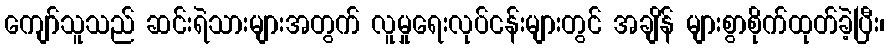
ကျော်သူသည် ဆင်းရဲသားများအတွက် လူမှုရေးလုပ်ငန်းများတွင် အချိန် များစွာစိုက်ထုတ်ခဲ့ပြီး၊